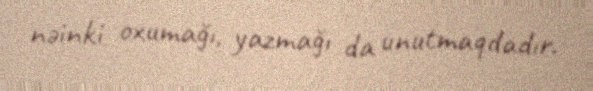
nəinki oxumağı, yazmağı da unutmaqdadır.